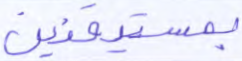
بمستيقنين